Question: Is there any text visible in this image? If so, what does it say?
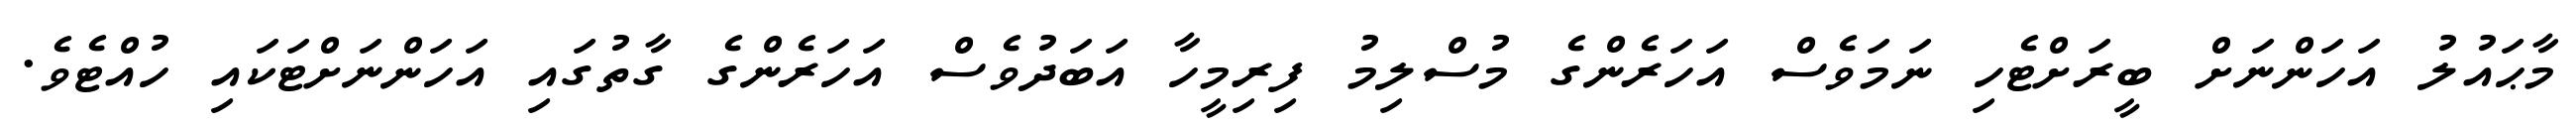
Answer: މާޙައުލު އަހަންނަށް ބީރަށްޓެހި ނަމަވެސް އަހަރެންގެ މުސްލިމު ފިރިމީހާ އަބަދުވެސް އަހަރެންގެ ގާތުގައި އަހަންނަށްޓަކައި ހުއްޓެވެ.